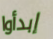
إبدأوا